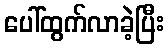
ပေါ်ထွက်လာခဲ့ပြီး